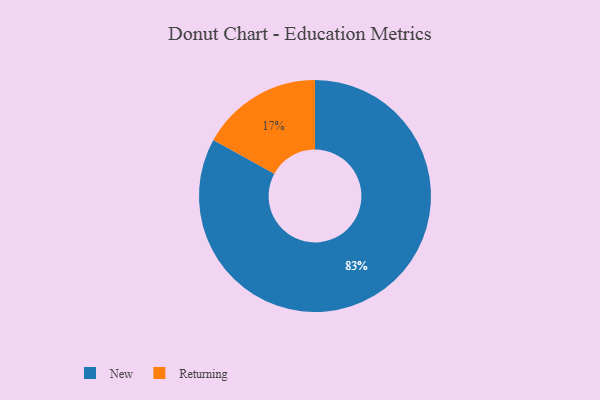
{"axis": {"x": "Category", "y": "Percentage"}, "legend": ["New", "Returning"], "data": [{"x": "Returning", "y": 17, "type": "Returning"}, {"x": "New", "y": 83, "type": "New"}]}